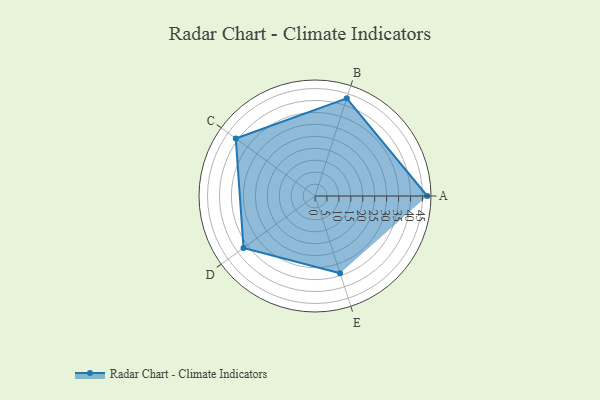
{"axis": {"x": "Skill", "y": "Score"}, "legend": ["Profile"], "data": [{"x": "A", "y": 47.0, "type": "Profile"}, {"x": "B", "y": 43.0, "type": "Profile"}, {"x": "C", "y": 41.0, "type": "Profile"}, {"x": "D", "y": 37.0, "type": "Profile"}, {"x": "E", "y": 34.0, "type": "Profile"}]}